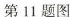
第11题图